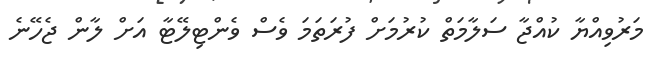
މަރުވިއްޔާ ކުއްޖާ ސަލާމަތް ކުރުމަށް ފުރަތަމަ ވެސް ވެންޓިލޭޓާ އަށް ލާން ޖެހޭނެ